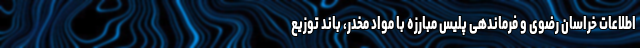
اطلاعات خراسان رضوی و فرماندهی پلیس مبارزه با مواد مخدر، باند توزیع